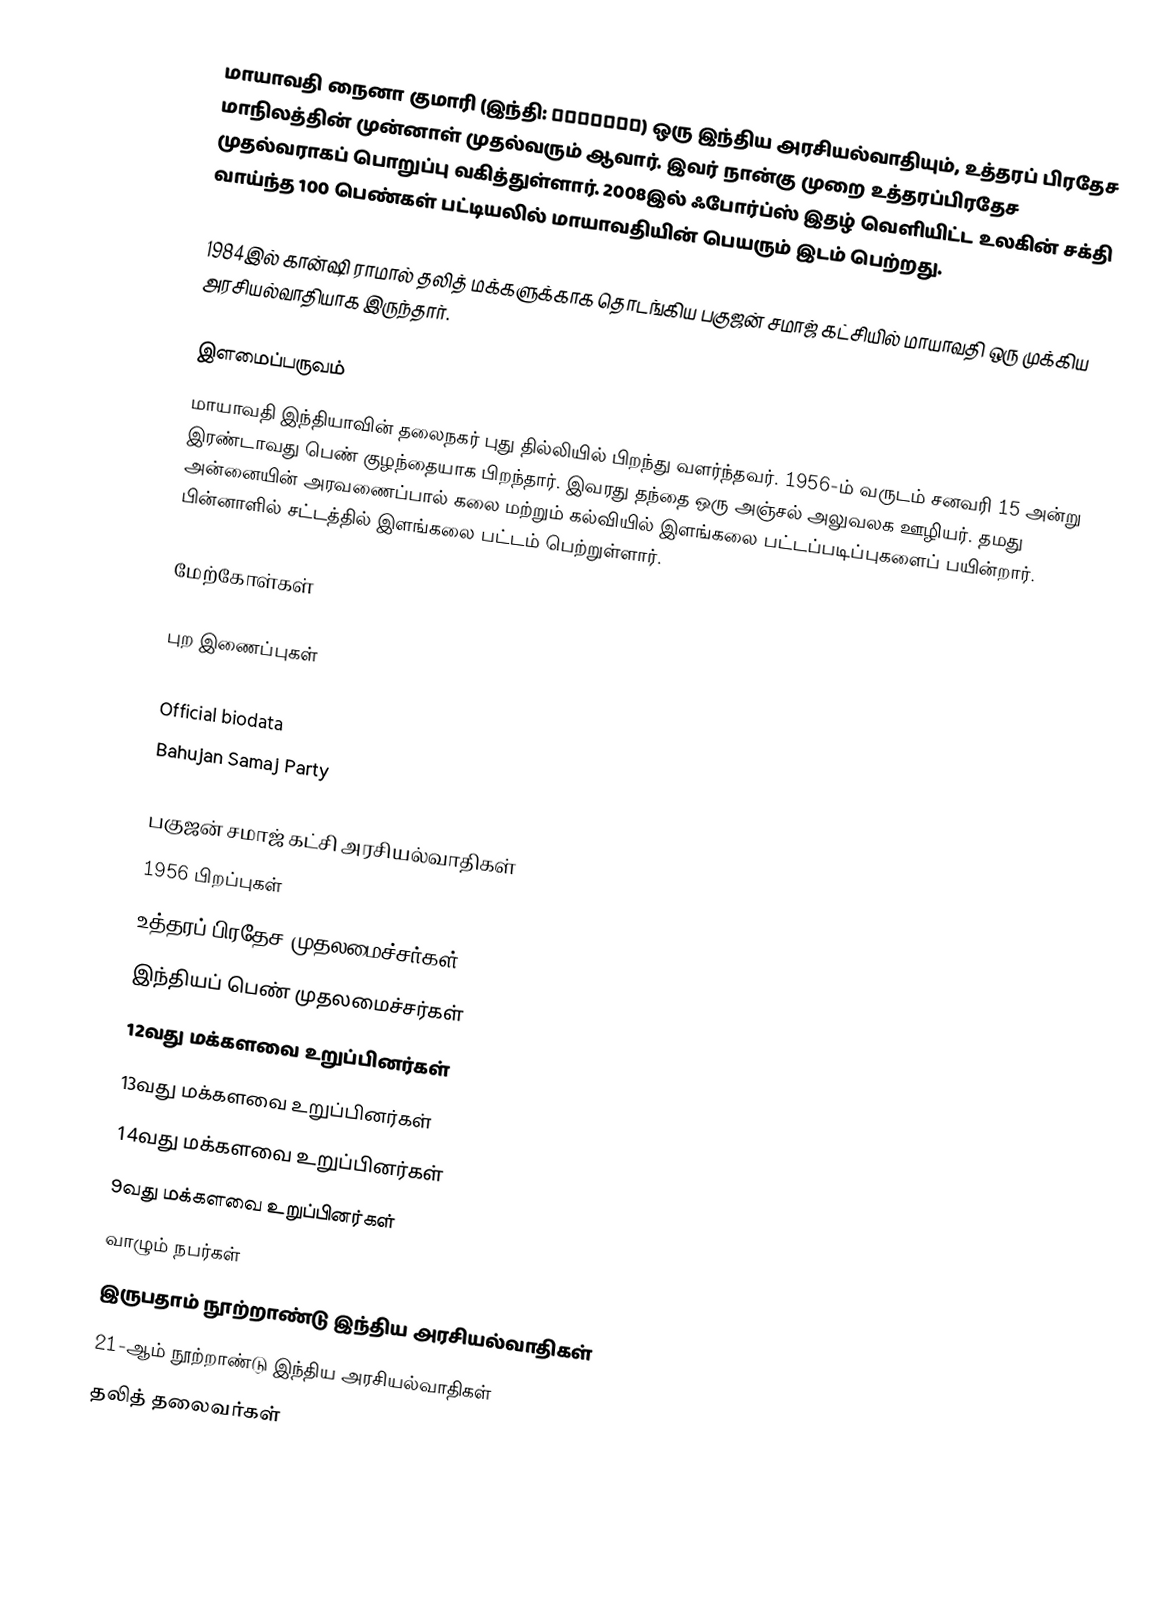
மாயாவதி நைனா குமாரி (இந்தி: मायावती) ஒரு இந்திய அரசியல்வாதியும், உத்தரப் பிரதேச மாநிலத்தின் முன்னாள் முதல்வரும் ஆவார். இவர் நான்கு முறை உத்தரப்பிரதேச முதல்வராகப் பொறுப்பு வகித்துள்ளார். 2008இல் ஃபோர்ப்ஸ் இதழ் வெளியிட்ட உலகின் சக்தி வாய்ந்த 100 பெண்கள் பட்டியலில் மாயாவதியின் பெயரும் இடம் பெற்றது.

1984இல் கான்ஷி ராமால் தலித் மக்களுக்காக தொடங்கிய பகுஜன் சமாஜ் கட்சியில் மாயாவதி ஒரு முக்கிய அரசியல்வாதியாக இருந்தார்.

இளமைப்பருவம்
மாயாவதி இந்தியாவின் தலைநகர் புது தில்லியில் பிறந்து வளர்ந்தவர். 1956-ம் வருடம் சனவரி 15 அன்று இரண்டாவது பெண் குழந்தையாக பிறந்தார். இவரது தந்தை ஒரு அஞ்சல் அலுவலக ஊழியர். தமது அன்னையின் அரவணைப்பால் கலை மற்றும் கல்வியில் இளங்கலை பட்டப்படிப்புகளைப் பயின்றார். பின்னாளில் சட்டத்தில் இளங்கலை பட்டம் பெற்றுள்ளார்.

மேற்கோள்கள்

புற இணைப்புகள்

 Official biodata
 Bahujan Samaj Party

பகுஜன் சமாஜ் கட்சி அரசியல்வாதிகள்
1956 பிறப்புகள்
உத்தரப் பிரதேச முதலமைச்சர்கள்
இந்தியப் பெண் முதலமைச்சர்கள்
12வது மக்களவை உறுப்பினர்கள்
13வது மக்களவை உறுப்பினர்கள்
14வது மக்களவை உறுப்பினர்கள்
9வது மக்களவை உறுப்பினர்கள்
வாழும் நபர்கள்
இருபதாம் நூற்றாண்டு இந்திய அரசியல்வாதிகள்
21-ஆம் நூற்றாண்டு இந்திய அரசியல்வாதிகள்
தலித் தலைவர்கள்